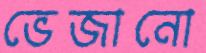
ভেজানো